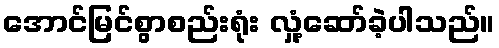
အောင်မြင်စွာစည်းရုံး လှုံ့ဆော်ခဲ့ပါသည်။